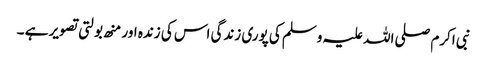
نبی اکرم صلی اللہ علیہ وسلم کی پوری زندگی اس کی زندہ اور منھ بولتی تصویر ہے ۔